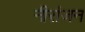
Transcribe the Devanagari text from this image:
नीरांजन